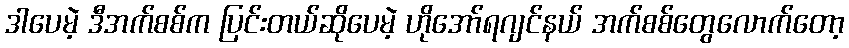
ဒါပေမဲ့ ဒီအက်စစ်က ပြင်းတယ်ဆိုပေမဲ့ ဟိုအော်ရဂျင်နယ် အက်စစ်တွေလောက်တော့